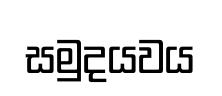
සමුදයවය